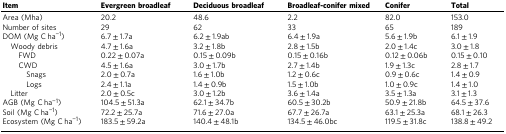
<table><thead><tr><td><b>Item</b></td><td><b>Evergreen broadleaf</b></td><td><b>Deciduous broadleaf</b></td><td><b>Broadleaf-conifer mixed</b></td><td><b>Conifer</b></td><td><b>Total</b></td></tr></thead><tbody><tr><td>Area (Mha)</td><td>20.2</td><td>48.6</td><td>2.2</td><td>82.0</td><td>153.0</td></tr><tr><td>Number of sites</td><td>29</td><td>62</td><td>33</td><td>65</td><td>189</td></tr><tr><td>DOM (Mg C ha<sup>−1</sup>)</td><td>6.7 ± 1.7a</td><td>6.2 ± 1.9ab</td><td>6.4 ± 1.9a</td><td>5.6 ± 1.9b</td><td>6.1 ± 1.9</td></tr><tr><td> Woody debris</td><td>4.7 ± 1.6a</td><td>3.2 ± 1.8b</td><td>2.8 ± 1.5b</td><td>2.0 ± 1.4c</td><td>3.0 ± 1.8</td></tr><tr><td>FWD</td><td>0.22 ± 0.07a</td><td>0.15 ± 0.09b</td><td>0.15 ± 0.16b</td><td>0.12 ± 0.06b</td><td>0.15 ± 0.10</td></tr><tr><td>CWD</td><td>4.5 ± 1.6a</td><td>3.0 ± 1.7b</td><td>2.7 ± 1.4b</td><td>1.9 ± 1.3c</td><td>2.8 ± 1.7</td></tr><tr><td>Snags</td><td>2.0 ± 0.7a</td><td>1.6 ± 1.0b</td><td>1.2 ± 0.6c</td><td>0.9 ± 0.6c</td><td>1.4 ± 0.9</td></tr><tr><td>Logs</td><td>2.4 ± 1.1a</td><td>1.4 ± 0.9b</td><td>1.5 ± 1.0b</td><td>1.0 ± 0.9c</td><td>1.4 ± 1.0</td></tr><tr><td> Litter</td><td>2.0 ± 0.5c</td><td>3.0 ± 1.2b</td><td>3.6 ± 1.4a</td><td>3.5 ± 1.3a</td><td>3.1 ± 1.3</td></tr><tr><td>AGB (Mg C ha<sup>−1</sup>)</td><td>104.5 ± 51.3a</td><td>62.1 ± 34.7b</td><td>60.5 ± 30.2b</td><td>50.9 ± 21.8b</td><td>64.5 ± 37.6</td></tr><tr><td>Soil (Mg C ha<sup>−1</sup>)</td><td>72.2 ± 25.7a</td><td>71.6 ± 27.0a</td><td>67.7 ± 26.7a</td><td>63.1 ± 25.3a</td><td>68.1 ± 26.3</td></tr><tr><td>Ecosystem (Mg C ha<sup>−1</sup>)</td><td>183.5 ± 59.2a</td><td>140.4 ± 48.1b</td><td>134.5 ± 46.0bc</td><td>119.5 ± 31.8c</td><td>138.8 ± 49.2</td></tr></tbody></table>